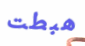
هبطت